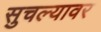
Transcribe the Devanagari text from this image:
सुचल्यावर